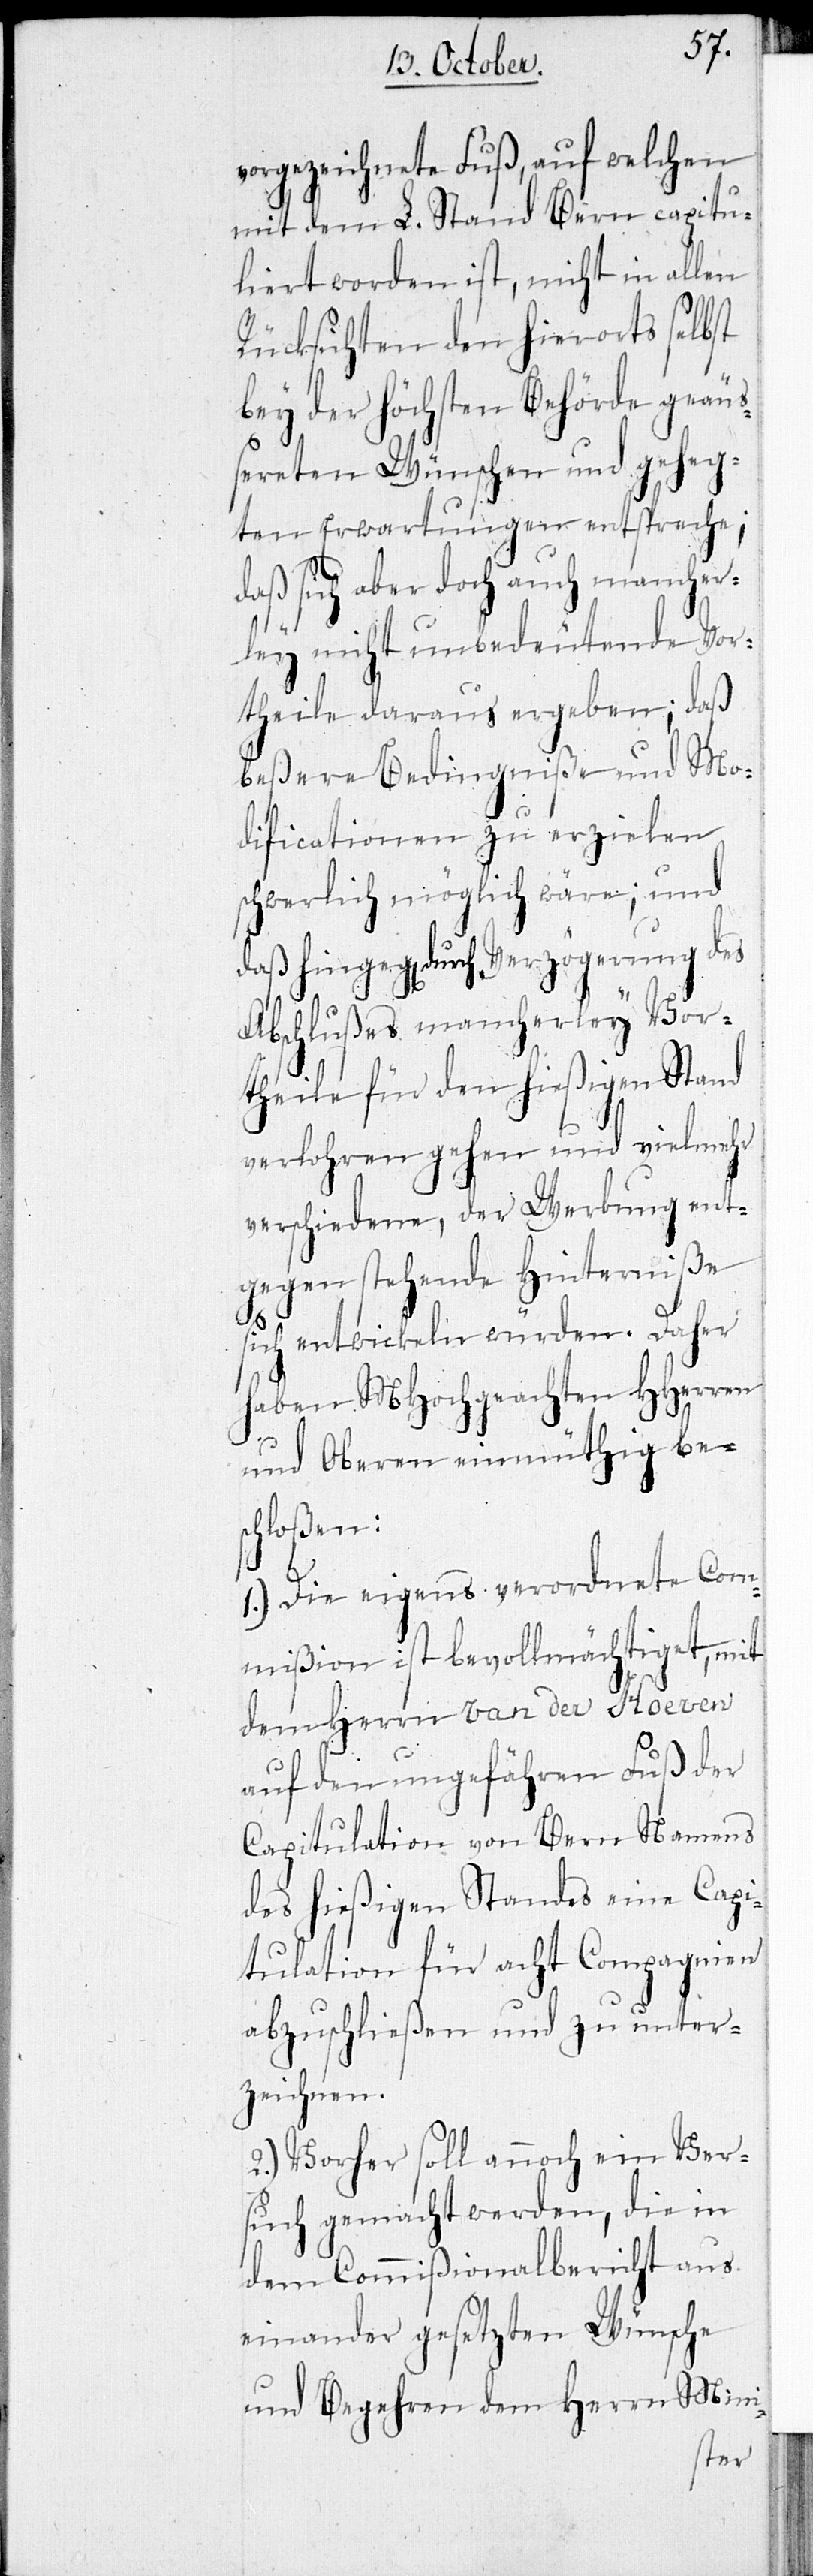
vorgezeichnete Fuß, auf welchen
mit dem L. Stand Bern capitu¬
liert worden ist, nicht in allen
Rücksichten den hierorts selbst
bey der höchsten Behörde geäu¬
ßereten Wünschen und geheg¬
ten Erwartungen entspreche;
daß sich aber doch auch mancher¬
ley nicht unbedeutende Vor¬
theile daraus ergeben; daß
beßere Bedingniße und Mo¬
dificationen zu erzielen
schwerlich möglich wäre; und
daß hingeg[en] durch Verzögerung des
Abschlußes mancherley Vor¬
theile für den hießigen Stand
verlohren gehen und vielmehr
verschiedene, der Werbung ent¬
gegen stehende Hinderniße
sich entwickeln würden. Daher
haben MHochgeachten HHerren
und Oberen einmüthig be¬
schloßen:
1.) Die eigens verordnete Com¬
mißion ist bevollmächtiget, mit
dem Herrn Van der Hoeven
auf den ungefähren Fuß der
Capitulation von Bern Namens
des hießigen Standes eine Capi¬
tulation für acht Compagnien
abzuschließen und zu unter¬
zeichnen.
2.) Vorher soll annoch ein Ver¬
such gemacht werden, die in
dem Commißionalbericht aus
einander gesetzten Wünsche
und Begehren dem Herrn Mini-